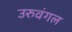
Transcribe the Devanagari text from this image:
उरुवंगल